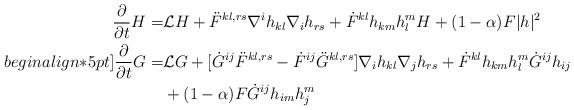
LaTeX: \begin{align*}\frac{\partial}{\partial t} H =& \mathcal{L}H+\ddot{F}^{kl,rs}\nabla^i h_{kl}\nabla_i h_{rs}+\dot{F}^{kl}h_{km}h^m_l H + (1-\alpha)F|h|^2\\begin{align*}5 pt]\frac{\partial}{\partial t} G =& \mathcal{L}G + [\dot{G}^{ij}\ddot{F}^{kl,rs}-\dot{F}^{ij}\ddot{G}^{kl,rs}]\nabla_i h_{kl}\nabla_j h_{rs}+\dot{F}^{kl}h_{km}h_l^m\dot{G}^{ij}h_{ij} \\&+ (1-\alpha)F\dot{G}^{ij}h_{im}h^m_j\end{align*}